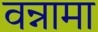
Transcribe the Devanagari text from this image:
वन्नामा